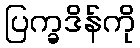
ပြက္ခဒိန်ကို